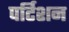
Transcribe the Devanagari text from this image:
पर्टिशन